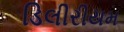
ડિલીરીયમ